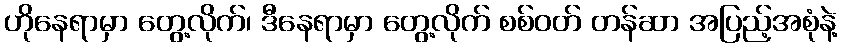
ဟိုနေရာမှာ တွေ့လိုက်၊ ဒီနေရာမှာ တွေ့လိုက် စစ်ဝတ် တန်ဆာ အပြည့်အစုံနဲ့